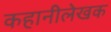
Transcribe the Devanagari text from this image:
कहानीलेखक